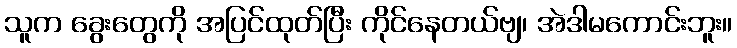
သူက ခွေးတွေကို အပြင်ထုတ်ပြီး ကိုင်နေတယ်ဗျ၊ အဲဒါမကောင်းဘူး။